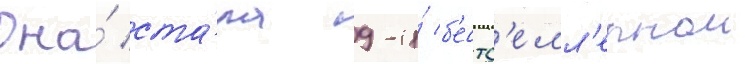
Она́ ста́ла 9-и́ б'естс'елл'ернои